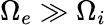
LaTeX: \Omega_{e}\gg\Omega_{i}